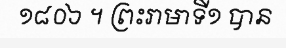
១៨០៦ ។ ព្រះរាមាទី១ បាន